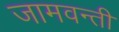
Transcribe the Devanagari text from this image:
जामवन्ती